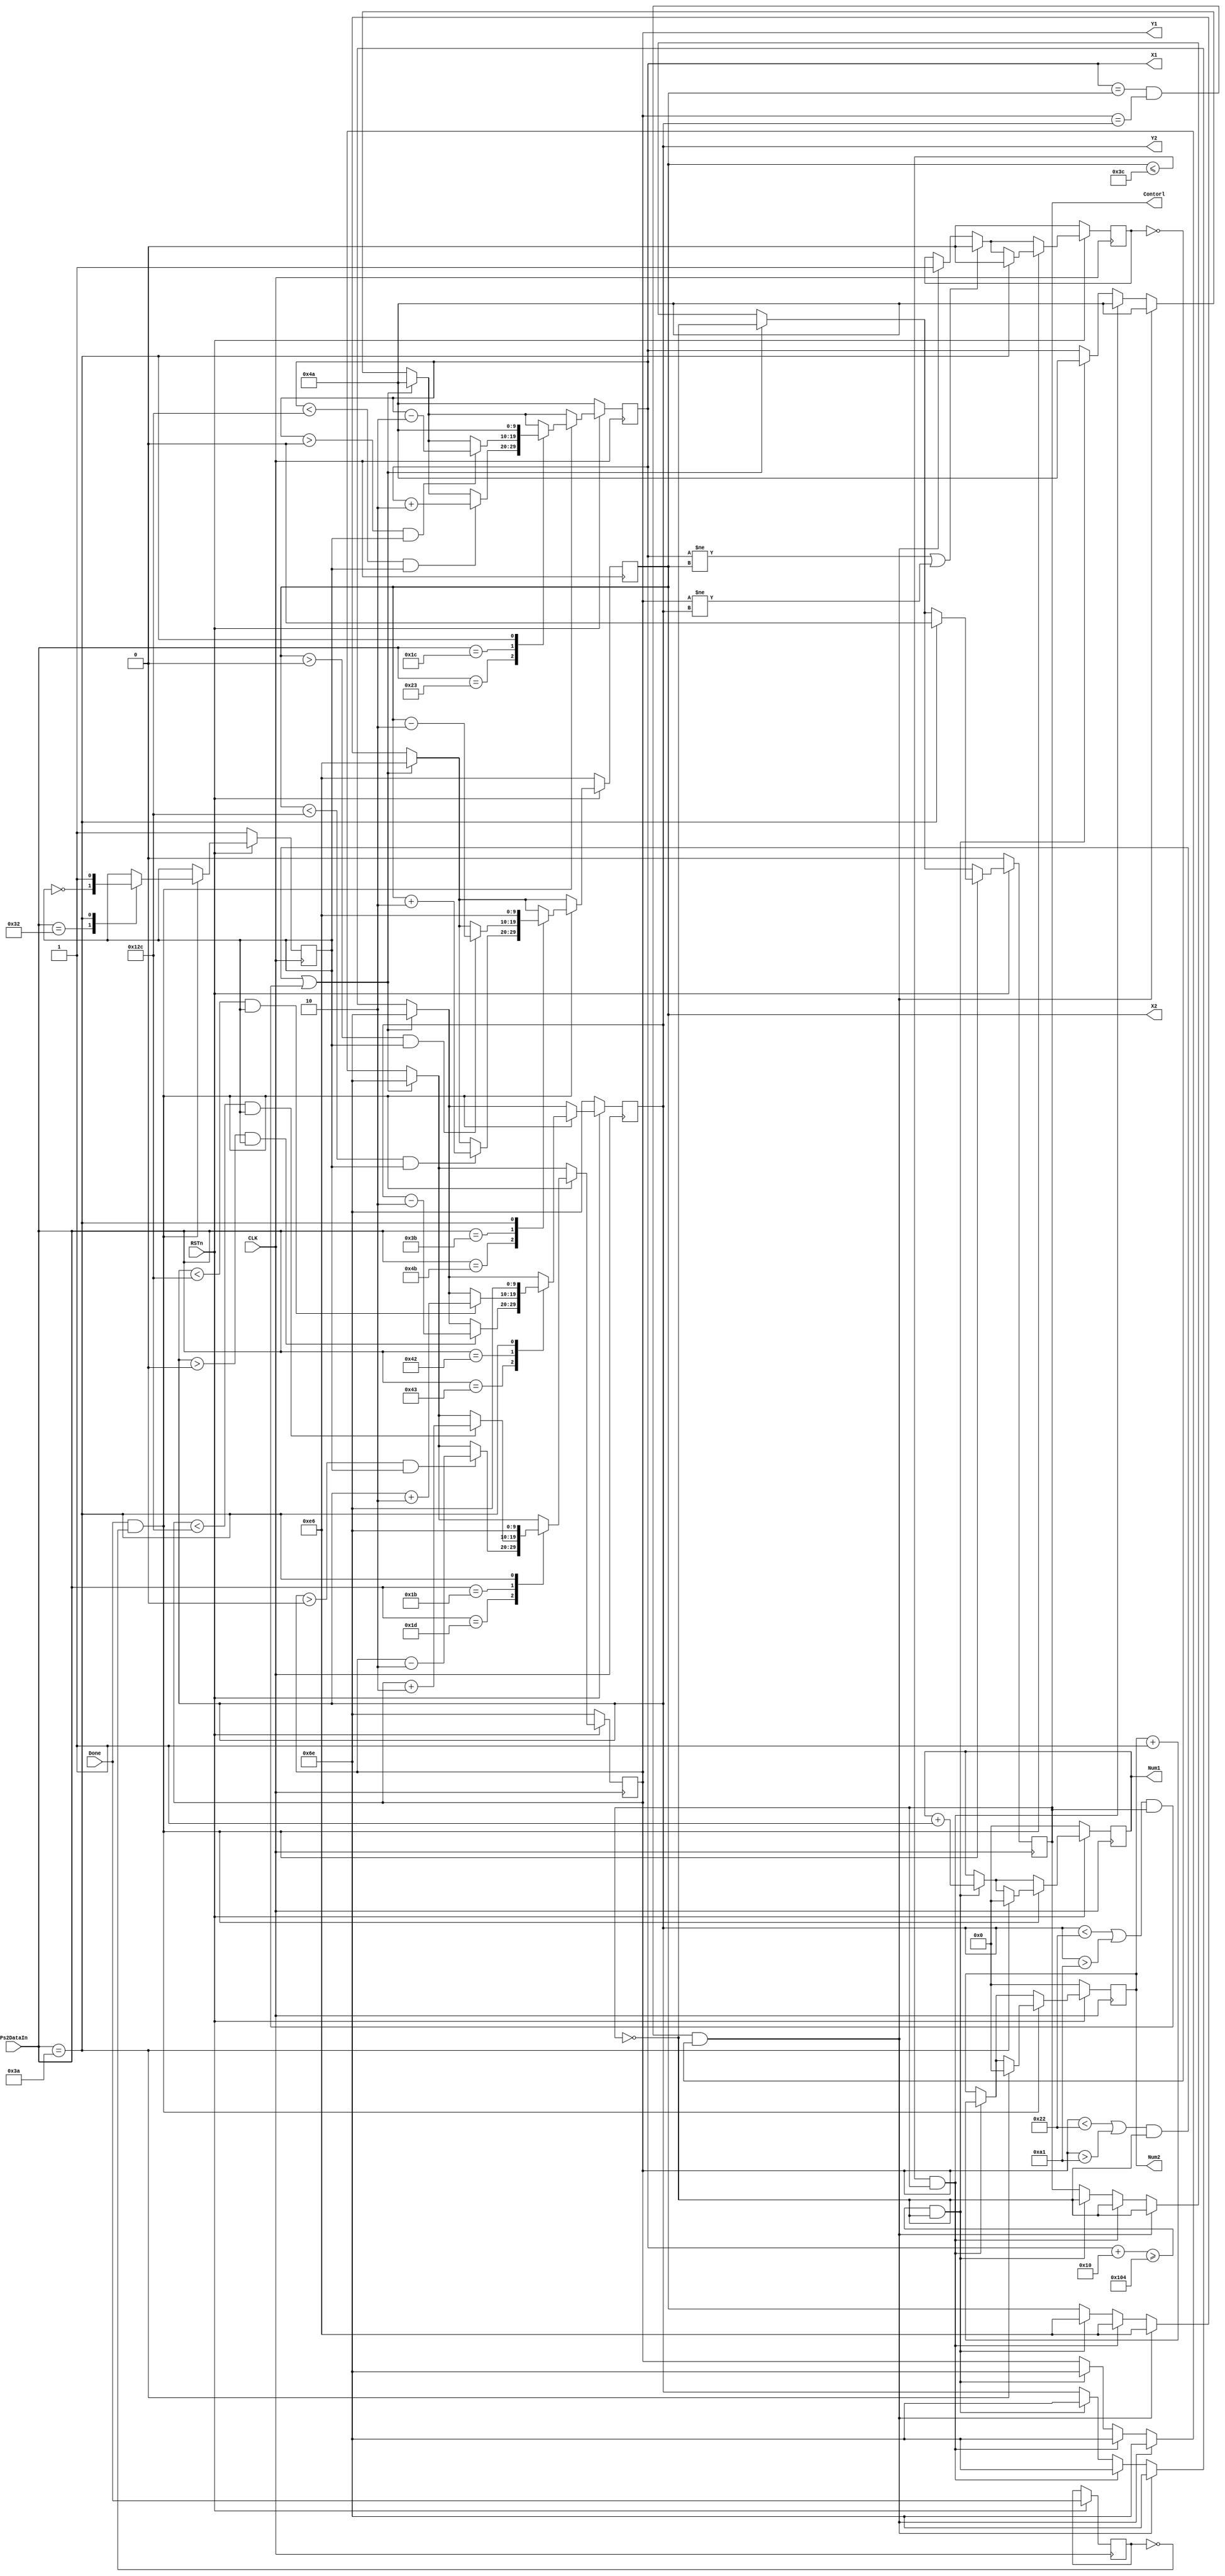
module contorl_model             
 (
 		input       CLK,                   				
 		input       RSTn,
		input       [7:0]Ps2DataIn,
		input       Done,
 		output      [9:0]X1, 	
		output      [9:0]X2,	
 		output      [9:0]Y1, 	
		output      [9:0]Y2,		
		output      [3:0]Num1,
		output      [3:0]Num2,
		output      Contorl
 );
 
 
reg [9:0]rX1;
reg [9:0]rX2;
reg [9:0]rY1;
reg [9:0]rY2;

reg [3:0]rNum1;
reg [3:0]rNum2;
 
 reg Flag;
 reg GoFlag;

 reg rContorl;
 
 
 reg LastDone;
 
  
	always @ ( posedge CLK ) //detect pulse on rising or falling edge
 begin
	if(RSTn==0) begin
		rX1 <= 'd74; 
		rX2 <= 'd230;
		rY1 <= 'd110;
		rY2 <= 'd110;
		rNum1 <= 'd0;
		rNum2 <= 'd0;
		rContorl <= 'd0;
		Flag <= 'd0;
		GoFlag <= 'd1;
	end
	else begin
	
		if((rX1+16>=260)&&(rContorl==0)) begin
			rX1 <= 'd74;
			rY1 <= 'd110;
			rX2 <= 'd230;
			rY2 <= 'd110;
			rNum1 <= rNum1 + 'd1;
			rContorl <= ~rContorl;
		end
		
		if((rX2<=60)&&(rContorl==1)) begin
			rX1 <= 'd74;
			rY1 <= 'd110;
			rX2 <= 'd230;
			rY2 <= 'd110;
			rNum2 <= rNum2 + 'd1;
			rContorl <= ~rContorl;
		end
		
		if( (rX1==rX2)&&(rY1==rY2)&&(Flag==0) ) begin				
						rContorl <= ~rContorl;
						Flag <= 'd1;
						rX1 <= 'd74;
						rY1 <= 'd110;
						rX2 <= 'd230;
						rY2 <= 'd110;
		end
		
		if((rX1!=rX2)||(rY1!=rY2)) begin
				Flag <= 'd0;
		end
		
		if(  ( ((rY1<50-16)||(rY1>190-16-5-8))&&(rContorl==0) ) || ( ((rY2<50-16)||(rY2>190-16-5-8))&&(rContorl==1) )  ) begin
						rX1 <= 'd74;
						rY1 <= 'd110;
						rX2 <= 'd230;
						rY2 <= 'd110;					
						rContorl <= ~rContorl;				
		end
		
		LastDone <= Done;
		if((Done==1)&&(LastDone==0)) begin
				case(Ps2DataIn)
					'h23: begin if((rX1<300)&&(GoFlag)) rX1<=rX1+2; end     		//A
					'h1c:	begin if((rX1>0)&&(GoFlag)) 	rX1<=rX1-2; end			//D
					'h1d: begin if((rY1>0)&&(GoFlag)) 	rY1<=rY1-2; end     		//W
					'h1b:	begin if((rY1<300)&&(GoFlag)) rY1<=rY1+2; end			//S					
					'h4b:	begin if((rX2<300)&&(GoFlag)) rX2<=rX2+2; end			//J
					'h3b:	begin if((rX2>0)&&(GoFlag)) 	rX2<=rX2-2; end			//L
					'h43: begin if((rY2>0)&&(GoFlag)) 	rY2<=rY2-2; end     		//I
					'h42:	begin if((rY2<300)&&(GoFlag)) rY2<=rY2+2; end			//K
					'h32:	begin GoFlag<=~GoFlag; end                            //B  
					'h3a:	begin                                                 //M
									rX1 <= 'd74; 
									rX2 <= 'd230;
									rY1 <= 'd110;
									rY2 <= 'd110;
									rNum1 <= 'd0;
									rNum2 <= 'd0;
									rContorl <= 'd0;
									Flag <= 'd0;
									GoFlag <= 'd1;
							end
				endcase
		end
		

/****************************/
	
		
	end
	
 end
          

assign X1 = rX1; 
assign X2 = rX2; 
assign Y1 = rY1; 
assign Y2 = rY2;  
assign Num1 = rNum1;
assign Num2 = rNum2;
assign Contorl = rContorl;

/****************************/  


endmodule